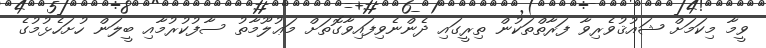
ވީމާ މިކަމަށް ޝައުޤުވެރިވާ ފަރާތްތަކުން ތިރީގައި ދެންނެވިފައިވާގޮތަށް މަޢުލޫމާތު ސާފުކުރުމާއި ބީލަން ހުށަހެޅުމުގެ